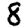
Digit: 8